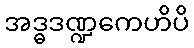
အဒ္ဓဒဏ္ဍကေဟိပိ